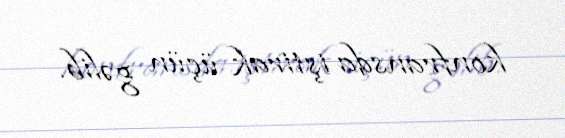
konfransda iştirak üçün gəlib.